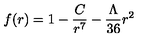
f ( r ) = 1 - \frac { C } { r ^ { 7 } } - \frac { \Lambda } { 3 6 } r ^ { 2 }